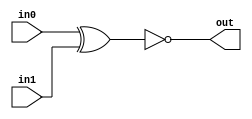
module C_Equal(in0, in1, out);

	parameter BITS = 1;
	input [BITS-1:0] in0;
	input [BITS-1:0] in1;
	output out;

	assign out = (in0 ^ in1) == {BITS{1'b0}};

endmodule